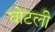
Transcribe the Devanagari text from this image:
घोटली